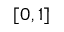
[ 0 , 1 ]